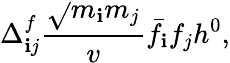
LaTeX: \Delta_{\mathbf{i}j}^{f}\frac{{\sqrt{}{{m_{\mathbf{i}}m_{j}}}}}{{v}}\bar{{f}}_{\mathbf{i}}f_{j}h^{0},